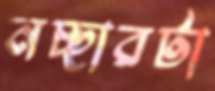
নচ্ছারটা